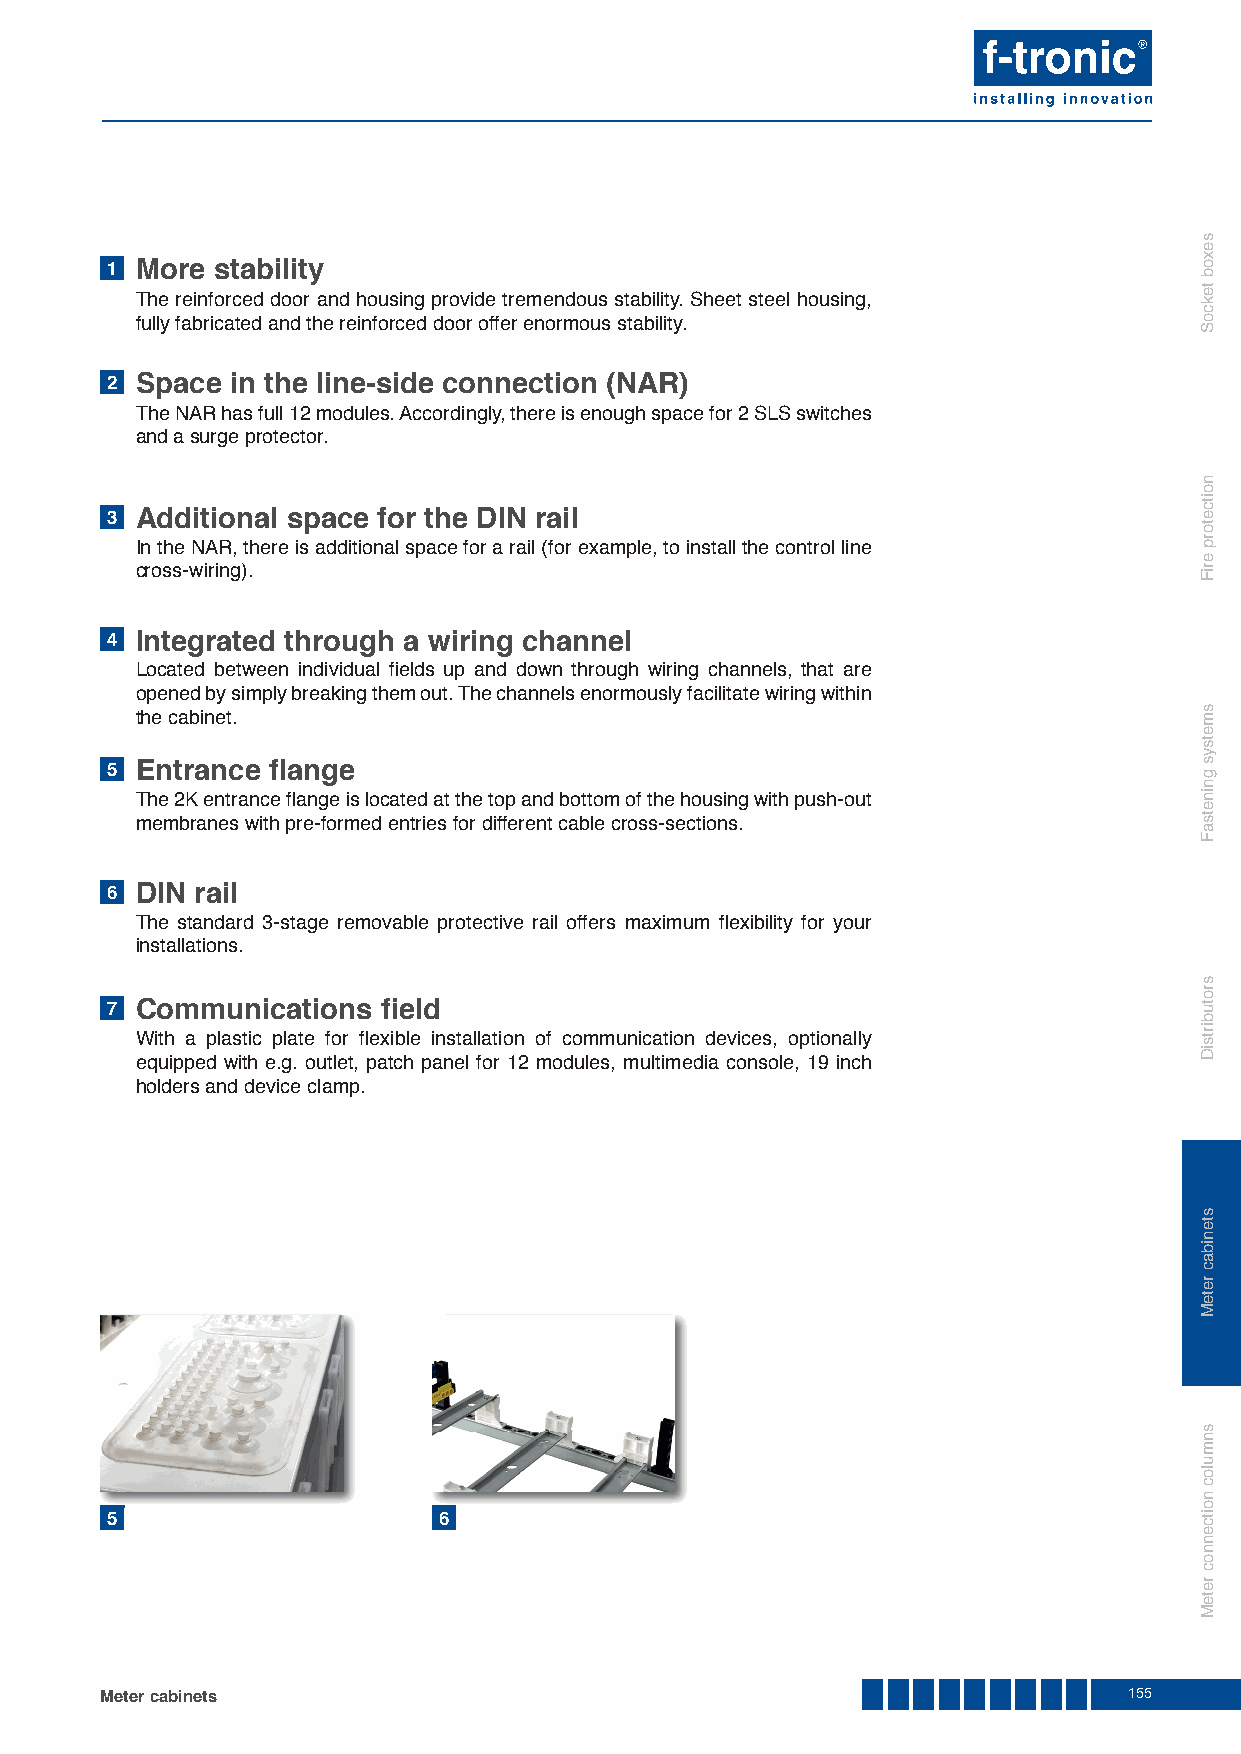
1 More stability
 The reinforced door and housing provide tremendous stability. Sheet steel housing,
 fully fabricated and the reinforced door offer enormous stability.
 2 Space in the line-side connection (NAR)
 The NAR has full 12 modules. Accordingly, there is enough space for 2 SLS switches
 and a surge protector.
 3 Additional space for the DIN rail
 In the NAR, there is additional space for a rail (for example, to install the control line
 cross-wiring).
 4 Integrated through a wiring channel
 Located between individual fi elds up and down through wiring channels, that are
 opened by simply breaking them out. The channels enormously facilitate wiring within
 the cabinet.
 5 Entrance fl ange
 The 2K entrance fl ange is located at the top and bottom of the housing with push-out
 membranes with pre-formed entries for different cable cross-sections.
 6 DIN rail
 The standard 3-stage removable protective rail offers maximum fl exibility for your
 installations.
 7 Communications  fi eld
 With a plastic plate for fl exible installation of communication devices, optionally
 equipped with e.g. outlet, patch panel for 12 modules, multimedia console, 19 inch
 holders and device clamp.
 5                     6
 Meter cabinets                                                      155
 sexob
 tekcoS
 noitcetorp
 eriF
 smetsys
 gninetsaF
 srotubirtsiD
 stenibac
 reteM
 snmuloc
 noitcennoc
 reteM